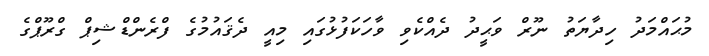
މުޙައްމަދު ހިދާޔަތު ނޫރް ވަޙީދު ދެއްކެވި ވާހަކަފުޅުގައި މިއީ ދެޤައުމުގެ ފްރެންޑްޝިޕް ގްރޫޕްގެ